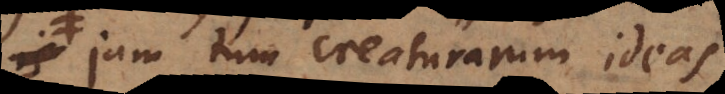
jam tum creaturarum rationes